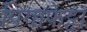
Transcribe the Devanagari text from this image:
पिगाफेट्टा